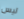
ليس